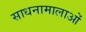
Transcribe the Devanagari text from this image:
साधनामालाओं